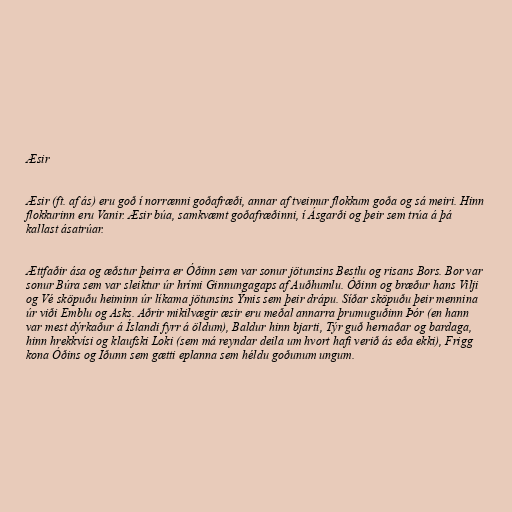
Æsir

Æsir (ft. af ás) eru goð í norrænni goðafræði, annar af tveimur flokkum goða og sá meiri. Hinn
flokkurinn eru Vanir. Æsir búa, samkvæmt goðafræðinni, í Ásgarði og þeir sem trúa á þá
kallast ásatrúar.

Ættfaðir ása og æðstur þeirra er Óðinn sem var sonur jötunsins Bestlu og risans Bors. Bor var
sonur Búra sem var sleiktur úr hrími Ginnungagaps af Auðhumlu. Óðinn og bræður hans Vilji
og Vé sköpuðu heiminn úr líkama jötunsins Ýmis sem þeir drápu. Síðar sköpuðu þeir mennina
úr viði Emblu og Asks. Aðrir mikilvægir æsir eru meðal annarra þrumuguðinn Þór (en hann
var mest dýrkaður á Íslandi fyrr á öldum), Baldur hinn bjarti, Týr guð hernaðar og bardaga,
hinn hrekkvísi og klaufski Loki (sem má reyndar deila um hvort hafi verið ás eða ekki), Frigg
kona Óðins og Iðunn sem gætti eplanna sem héldu goðunum ungum.